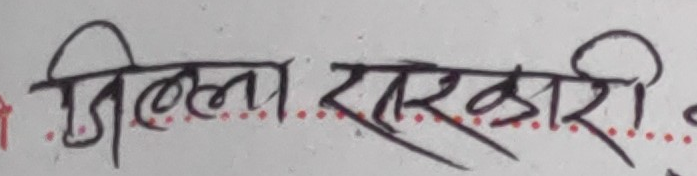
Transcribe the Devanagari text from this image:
जिल्ला सरकारी